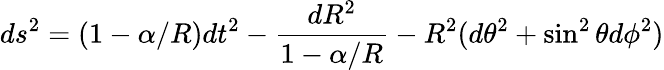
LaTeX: ds^{2}=(1-\alpha/R)dt^{2}-\frac{dR^{2}}{1-\alpha/R}-R^{2}(d\theta^{2}+\sin^{2}\theta d\phi^{2})